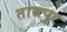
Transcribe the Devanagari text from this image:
ताम्रपुर